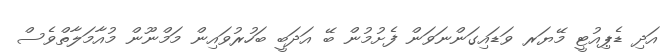
އަދި ޑެޕިއުޓީ މޭޔަރ ވަޑައިގަންނަވަން ފެށުމުން ބޭ އަދަބީ ބަހުރުވައިން މަމްނޫން މުއާމަލާތްވެސް